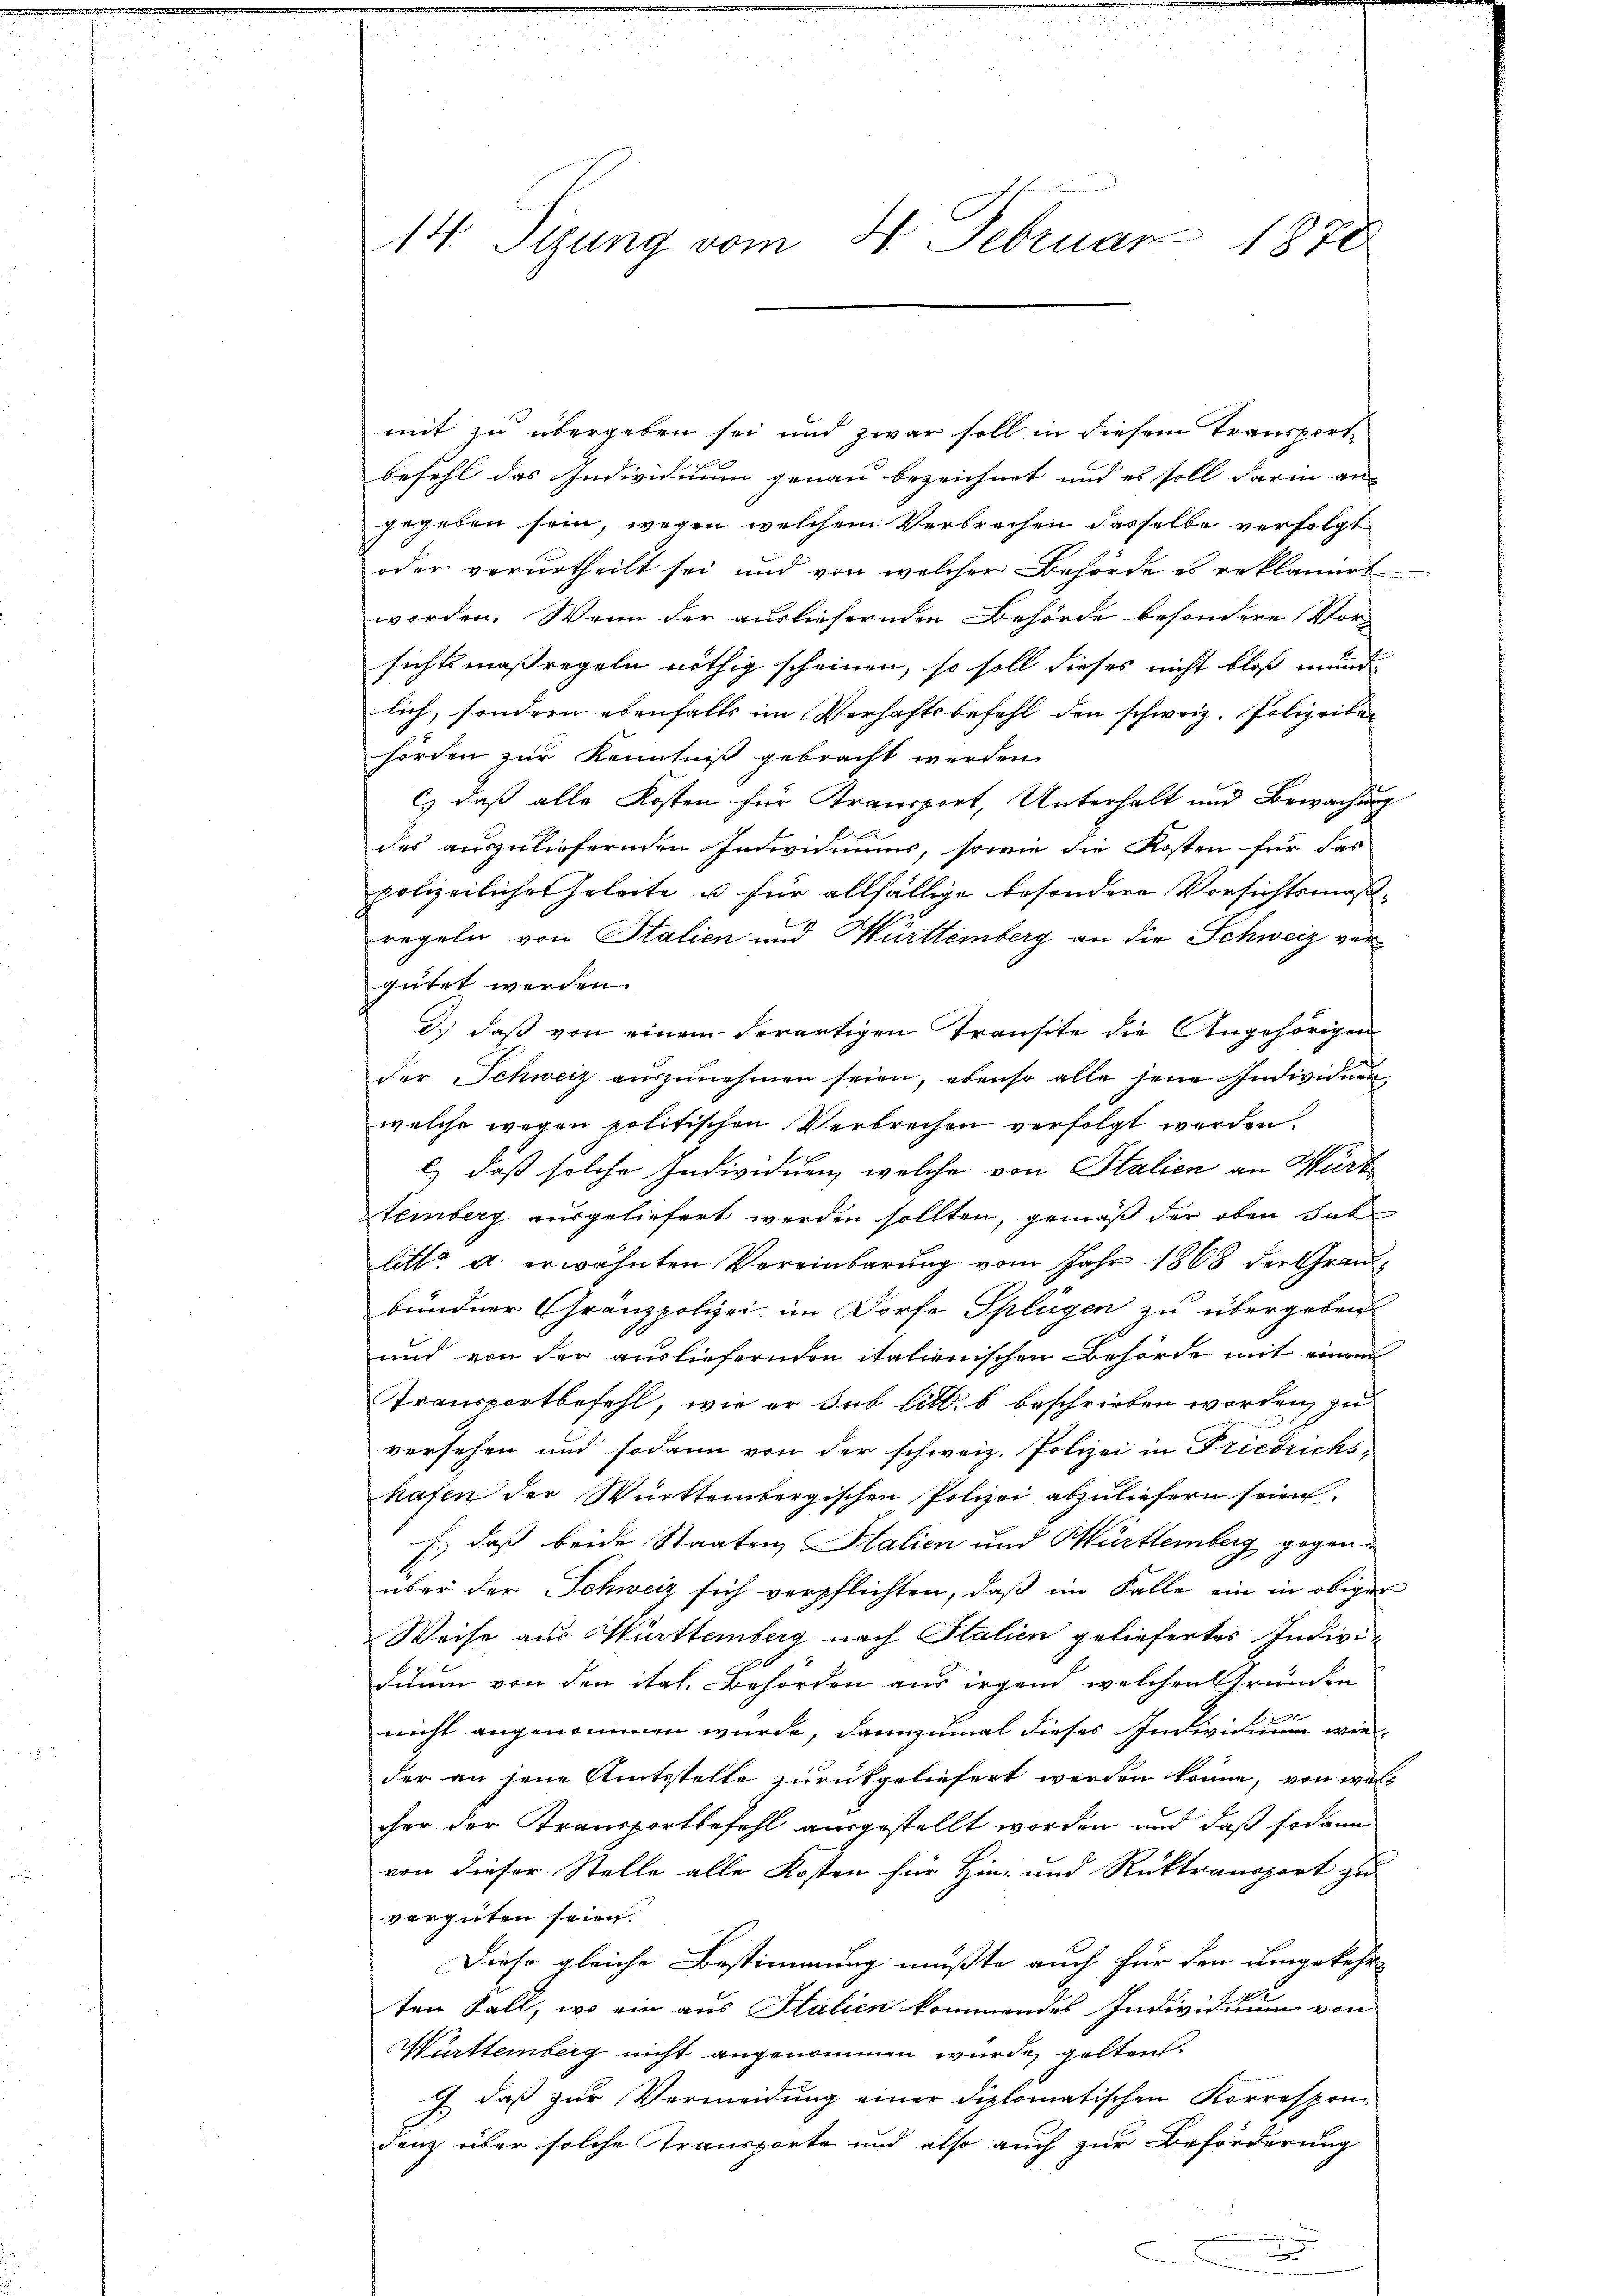
14. Tigung vom 4. Februar 1870

mit zu übergeben sei und zwar soll in diesem Transport-
befehl das Individium genau bezeichnet und es soll darin an
gegeben sein, wegen welchem Verbrechen dasselbe verfolgt
oder verurtheilt sei und von welcher Behörde es reklamirt
worden. Wenn der ausliefernden Behörde besondere Vor-
sichtsmaßregeln nöthig scheinen, so soll dieses nicht bloß mund
lich, sondern ebenfalls im Verhaftsbefehl den schweiz. Polizeiten
hörden zur Kenntniß gebracht werden.
c) daß alle Kosten für Transport, Unterhalt und Bewachung
l
des auszuliefernden Individuums, sowie die Kosten für das
polizeiliche Geleite u für allfällige besondere Vorsichtsmaßregeln von Stalien und Württemberg an die Schweiz vergütet werden.
d.) daß von einem derartigen Transite die Angehörigen
der Schweiz auszunehmen seien, ebenso alle jene Individuen
welche wegen politischen Verbrechen verfolgt werden.
l) daß solche Individuen, welche von Stalien an Murt
temberg ausgeliefert werden sollten, gemäß der oben sub
litt. a. erwähnten Vereinbarung vom Jahr 1868 der Graubündner Gränzpolizei im Dorfe Splügen zu übergeben
und von der ausliefernden italienischen Behörde mit einem
Transportbefehl, wie er sub lit. b beschrieben worden, zu
versehen und sodann von der schweiz. Polizei in Friedrichshafen der Württembergischen Polizei abzuliefern seien.
E. daß beide Staaten Stalien und Württemberg gegen in
über der Schweiz sich verpflichten, daß im Falle ein in obiger
Weise aus Württemberg nach Italien geliefertes Individuum von den ital. Behörden aus irgend welchen Gründen
nicht angenommen wurde, dannzumal dieses Individium wieder an jene Amtsstelle zurückgeliefert werden könne, von wal
cher der Transportbefehl ausgestellt worden und daß sodann
von dieser Stelle alle Kosten für Hin- und Ruktransport zu
vergüten seien.
Diese gleiche Bestimmung mußte auch für den umgekehr
ten Fall, wo ein aus Italien kommendes Individuum von
Württemberg nicht angenommen wurde, gelten.
J. daß zur Vermeidung einer diplomatischen Korrespon-
denz über solche Transporte und also auch zur Beförderung